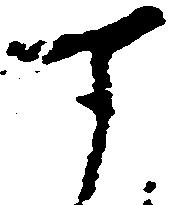
す